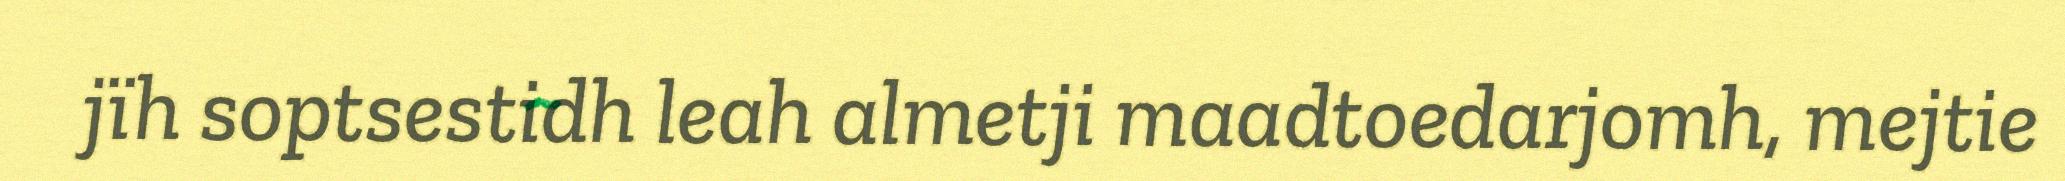
jïh soptsestidh leah almetji maadtoedarjomh, mejtie